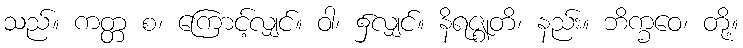
သည်။ ကတ္တ စ၊ ကြောင့်လျှင်။ ဝါ၊ ၌လျှင်။ နိရဇ္ဈတိ၊ နည်း။ ဘိက္ခဝေ၊ တို့။